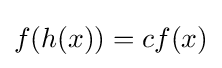
f(h(x))=cf(x)